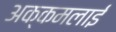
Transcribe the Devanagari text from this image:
अक्कमलाई